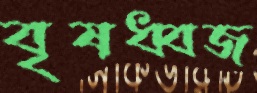
বৃষধ্বজ